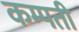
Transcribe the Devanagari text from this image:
कम्पती